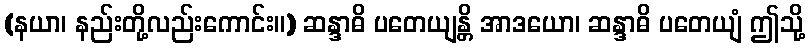
(နယာ၊ နည်းတို့လည်းကောင်း။) ဆန္ဒာဓိ ပတေယျန္တိ အာဒယော၊ ဆန္ဒာဓိ ပတေယျံ ဤသို့